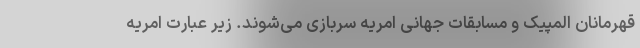
قهرمانان المپیک و مسابقات جهانی امریه سربازی می‌شوند. زیر عبارت امریه